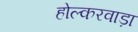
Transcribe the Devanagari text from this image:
होल्करवाड़ा